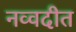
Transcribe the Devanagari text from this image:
नव्वदीत